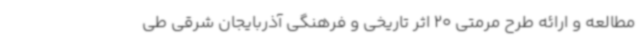
مطالعه و ارائه طرح مرمتی 20 اثر تاریخی و فرهنگی آذربایجان شرقی طی